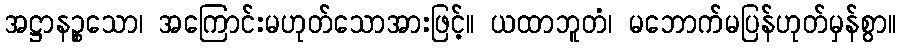
အဋ္ဌာနဉ္စသော၊ အကြောင်းမဟုတ်သောအားဖြင့်။ ယထာဘူတံ၊ မဘောက်မပြန်ဟုတ်မှန်စွာ။